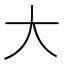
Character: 大